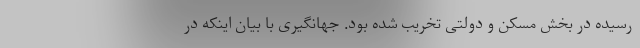
رسیده در بخش مسکن و دولتی تخریب شده بود. جهانگیری با بیان اینکه در